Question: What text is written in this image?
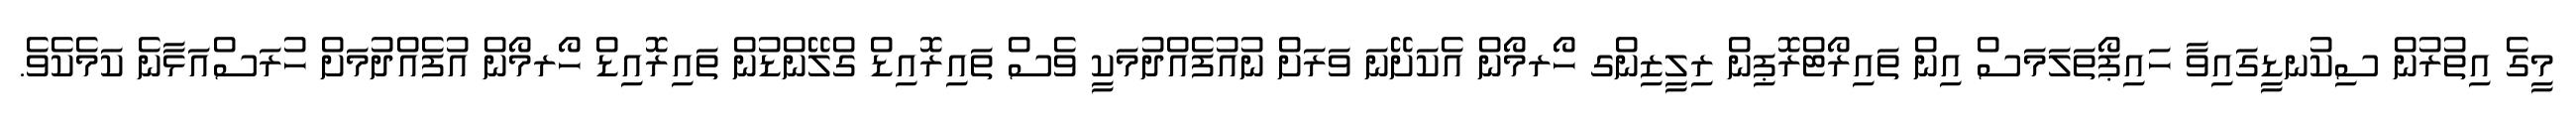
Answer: މީގެ އިތުރުން ސިކުނޑީގައިވާ ހައިޕޯތަލަމަސް އިން ތައިރޯޓްރޮޕިން ރިލީޒިންގ ހޯރމޯން އެކަށޭނަ ވަރަށް ނުއުފެއްދުމަކީ ވެސް ތައިރޮއިޑް ގްލޭންޑުން ތައިރޮއިޑް ހޯރމޯން އުފެއްދުމަށް ހުރަސްއަޅާނެ ކަމެކެވެ.